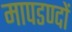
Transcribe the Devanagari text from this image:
मापडण्दों